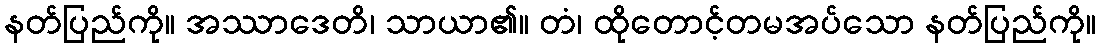
နတ်ပြည်ကို။ အဿာဒေတိ၊ သာယာ၏။ တံ၊ ထိုတောင့်တမအပ်သော နတ်ပြည်ကို။